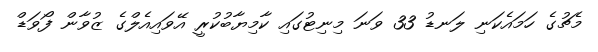
މެޗުގެ ހަމައެކަނި ލަނޑު 33 ވަނަ މިނިޓުގައި ކާމިޔާބުކުރީ އޭވައިއެލްގެ ޒުވާން ފޯވަޑް